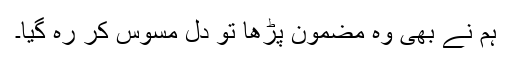
ہم نے بھی وہ مضمون پڑھا تو دل مسوس کر رہ گیا۔